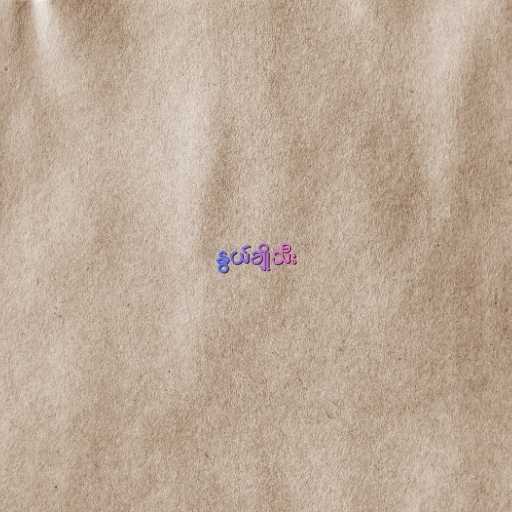
နွယ်ချိုသီး